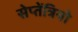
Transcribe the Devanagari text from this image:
सेप्तेंत्रियो